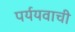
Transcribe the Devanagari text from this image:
पर्ययवाची